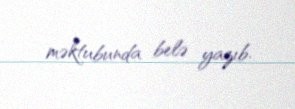
məktubunda belə yazıb.